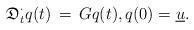
LaTeX: \begin{align*}\mathfrak{D}_t^\cdot q(t) \, = \, Gq(t), q(0) = \underline{u}.\end{align*}